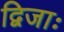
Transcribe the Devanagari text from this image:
द्विजाः